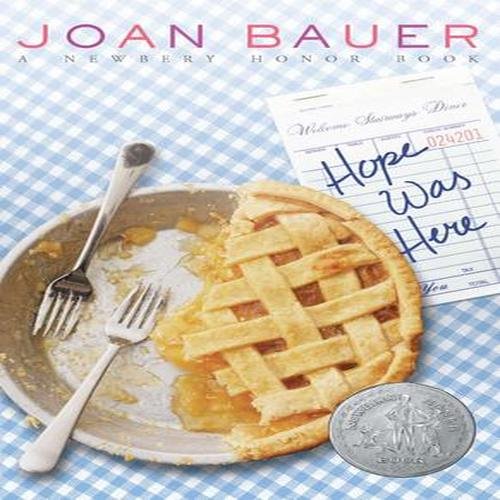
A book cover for Hope Was Here; Joan Bauer; Teen & Young Adult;